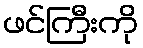
ဖင်ကြီးကို